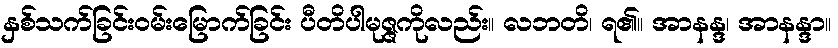
နှစ်သက်ခြင်းဝမ်းမြောက်ခြင်း ပီတိပါမုဇ္ဇကိုလည်း။ လဘတိ၊ ရ၏။ အာနန္ဒ၊ အာနန္ဒာ။